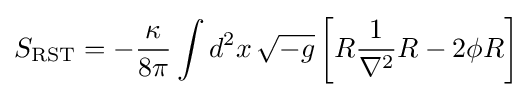
S_{\text{RST}}=-{\frac {\kappa }{8\pi }}\int d^{2}x\,{\sqrt {-g}}\left[R{\frac {1}{\nabla ^{2}}}R-2\phi R\right]